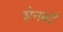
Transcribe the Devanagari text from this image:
शेनबर्ट